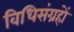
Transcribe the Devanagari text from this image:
विधिसंग्रहों